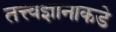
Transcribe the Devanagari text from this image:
तत्त्वज्ञानाकडे